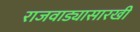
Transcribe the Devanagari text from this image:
राजवाड्यासारखी